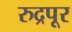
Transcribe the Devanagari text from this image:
रुद्रपूर